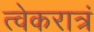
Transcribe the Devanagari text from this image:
त्वेकरात्रं